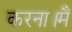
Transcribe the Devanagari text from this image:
करना।मैं